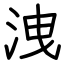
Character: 洩